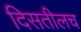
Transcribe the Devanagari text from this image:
दिसतीलच